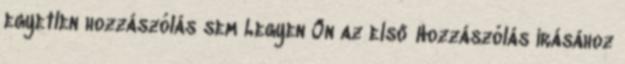
egyetlen hozzászólás sem Legyen Ön az első Hozzászólás írásához